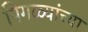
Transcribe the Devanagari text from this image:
पिगळ्यांच्या